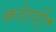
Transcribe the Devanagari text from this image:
कोठरी।